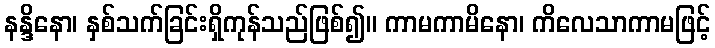
နန္ဒိနော၊ နှစ်သက်ခြင်းရှိကုန်သည်ဖြစ်၍။ ကာမကာမိနော၊ ကိလေသာကာမဖြင့်